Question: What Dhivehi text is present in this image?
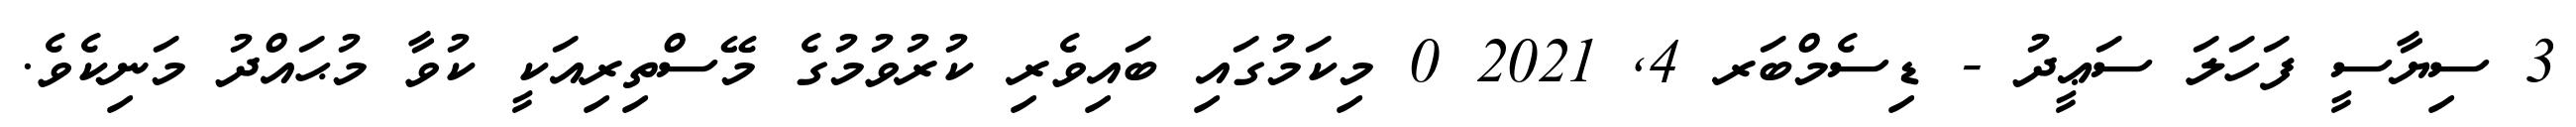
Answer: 3 ސިޔާސީ ފަހަލަ ސަޢީދު - ޑިސެމްބަރ 4, 2021 0 މިކަމުގައި ބައިވެރި ކުރުވުމުގެ މޭސްތިރިއަކީ ކުވާ މުޙައްދު މަނިކެވެ.